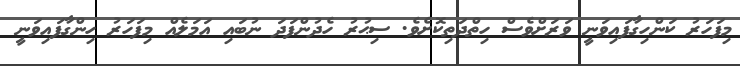
މިފަހަރު ކަންހިގާފައިވަނީ ވަރަށްވެސް ހިތްދަތިކޮށެވެ. ސިޙުރު ހެދުންފަދަ ނުބައި އަމަލެއް މިފަހަރު ހިންގާފައިވަނީ